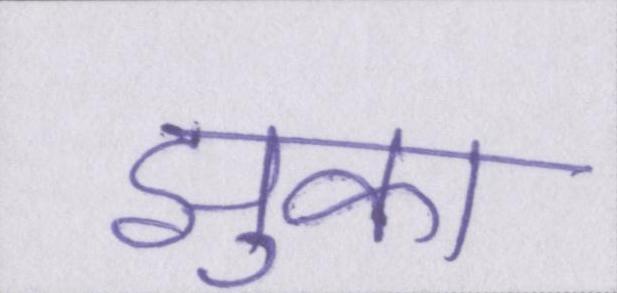
झुका